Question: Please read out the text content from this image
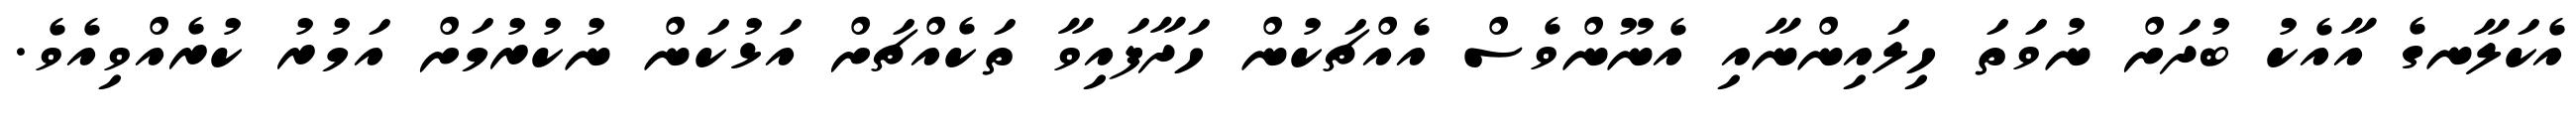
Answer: އެކަލާނގެ އާއެކު ބުދަށް ނުވަތަ ހިލައިންނާއި އެނޫންވެސް އެއްޗަކުން ހަދާފައިވާ ތަކެއްޗަށް އަޅުކަން ނުކުރުމަށް އަމުރު ކުރެއްވިއެވެ.